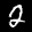
Label: 2